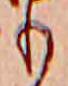
も